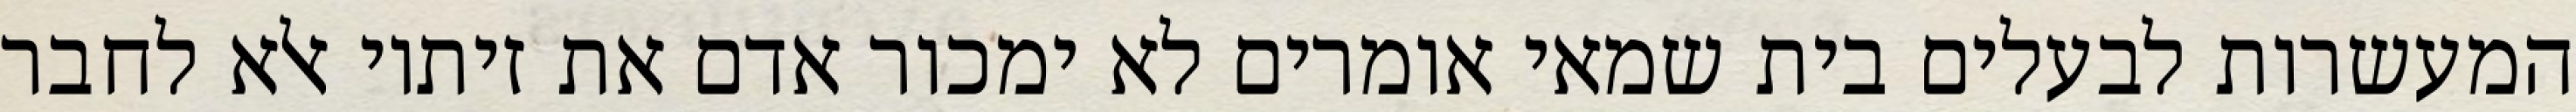
המעשרות לבעלים בית שמאי אומרים לא ימכור אדם את זיתיו אלא לחבר